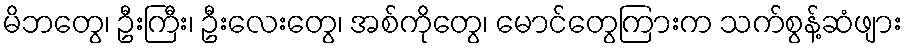
မိဘတွေ၊ ဦးကြီး၊ ဦးလေးတွေ၊ အစ်ကိုတွေ၊ မောင်တွေကြားက သက်စွန့်ဆံဖျား